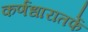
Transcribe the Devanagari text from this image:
कर्णधारातर्फे